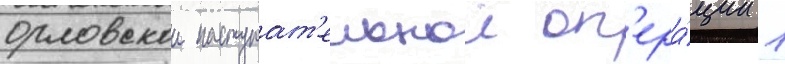
орловскои наступат'ельнои оп'ера́ции 1